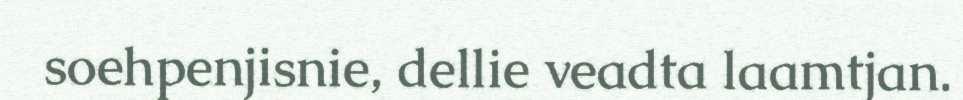
soehpenjisnie, dellie veadta laamtjan.